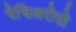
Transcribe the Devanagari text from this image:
पेचिअरोत्तो